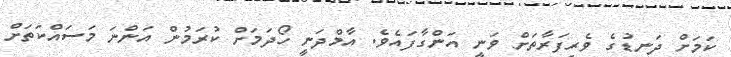
ކަމަށް ދަނޑުގެ ވެރިފަރާތަށް ވަނީ އަންގާފައެވެ. އާމްދަނީ ހޯދަމަށް ކުރަމުން އަންނަ މަސައްކަތަށް